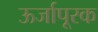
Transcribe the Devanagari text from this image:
ऊर्जापूरक